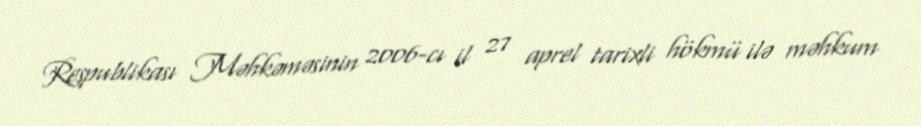
Respublikası Məhkəməsinin 2006-cı il 27 aprel tarixli hökmü ilə məhkum